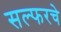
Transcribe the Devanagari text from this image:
सल्फरचे